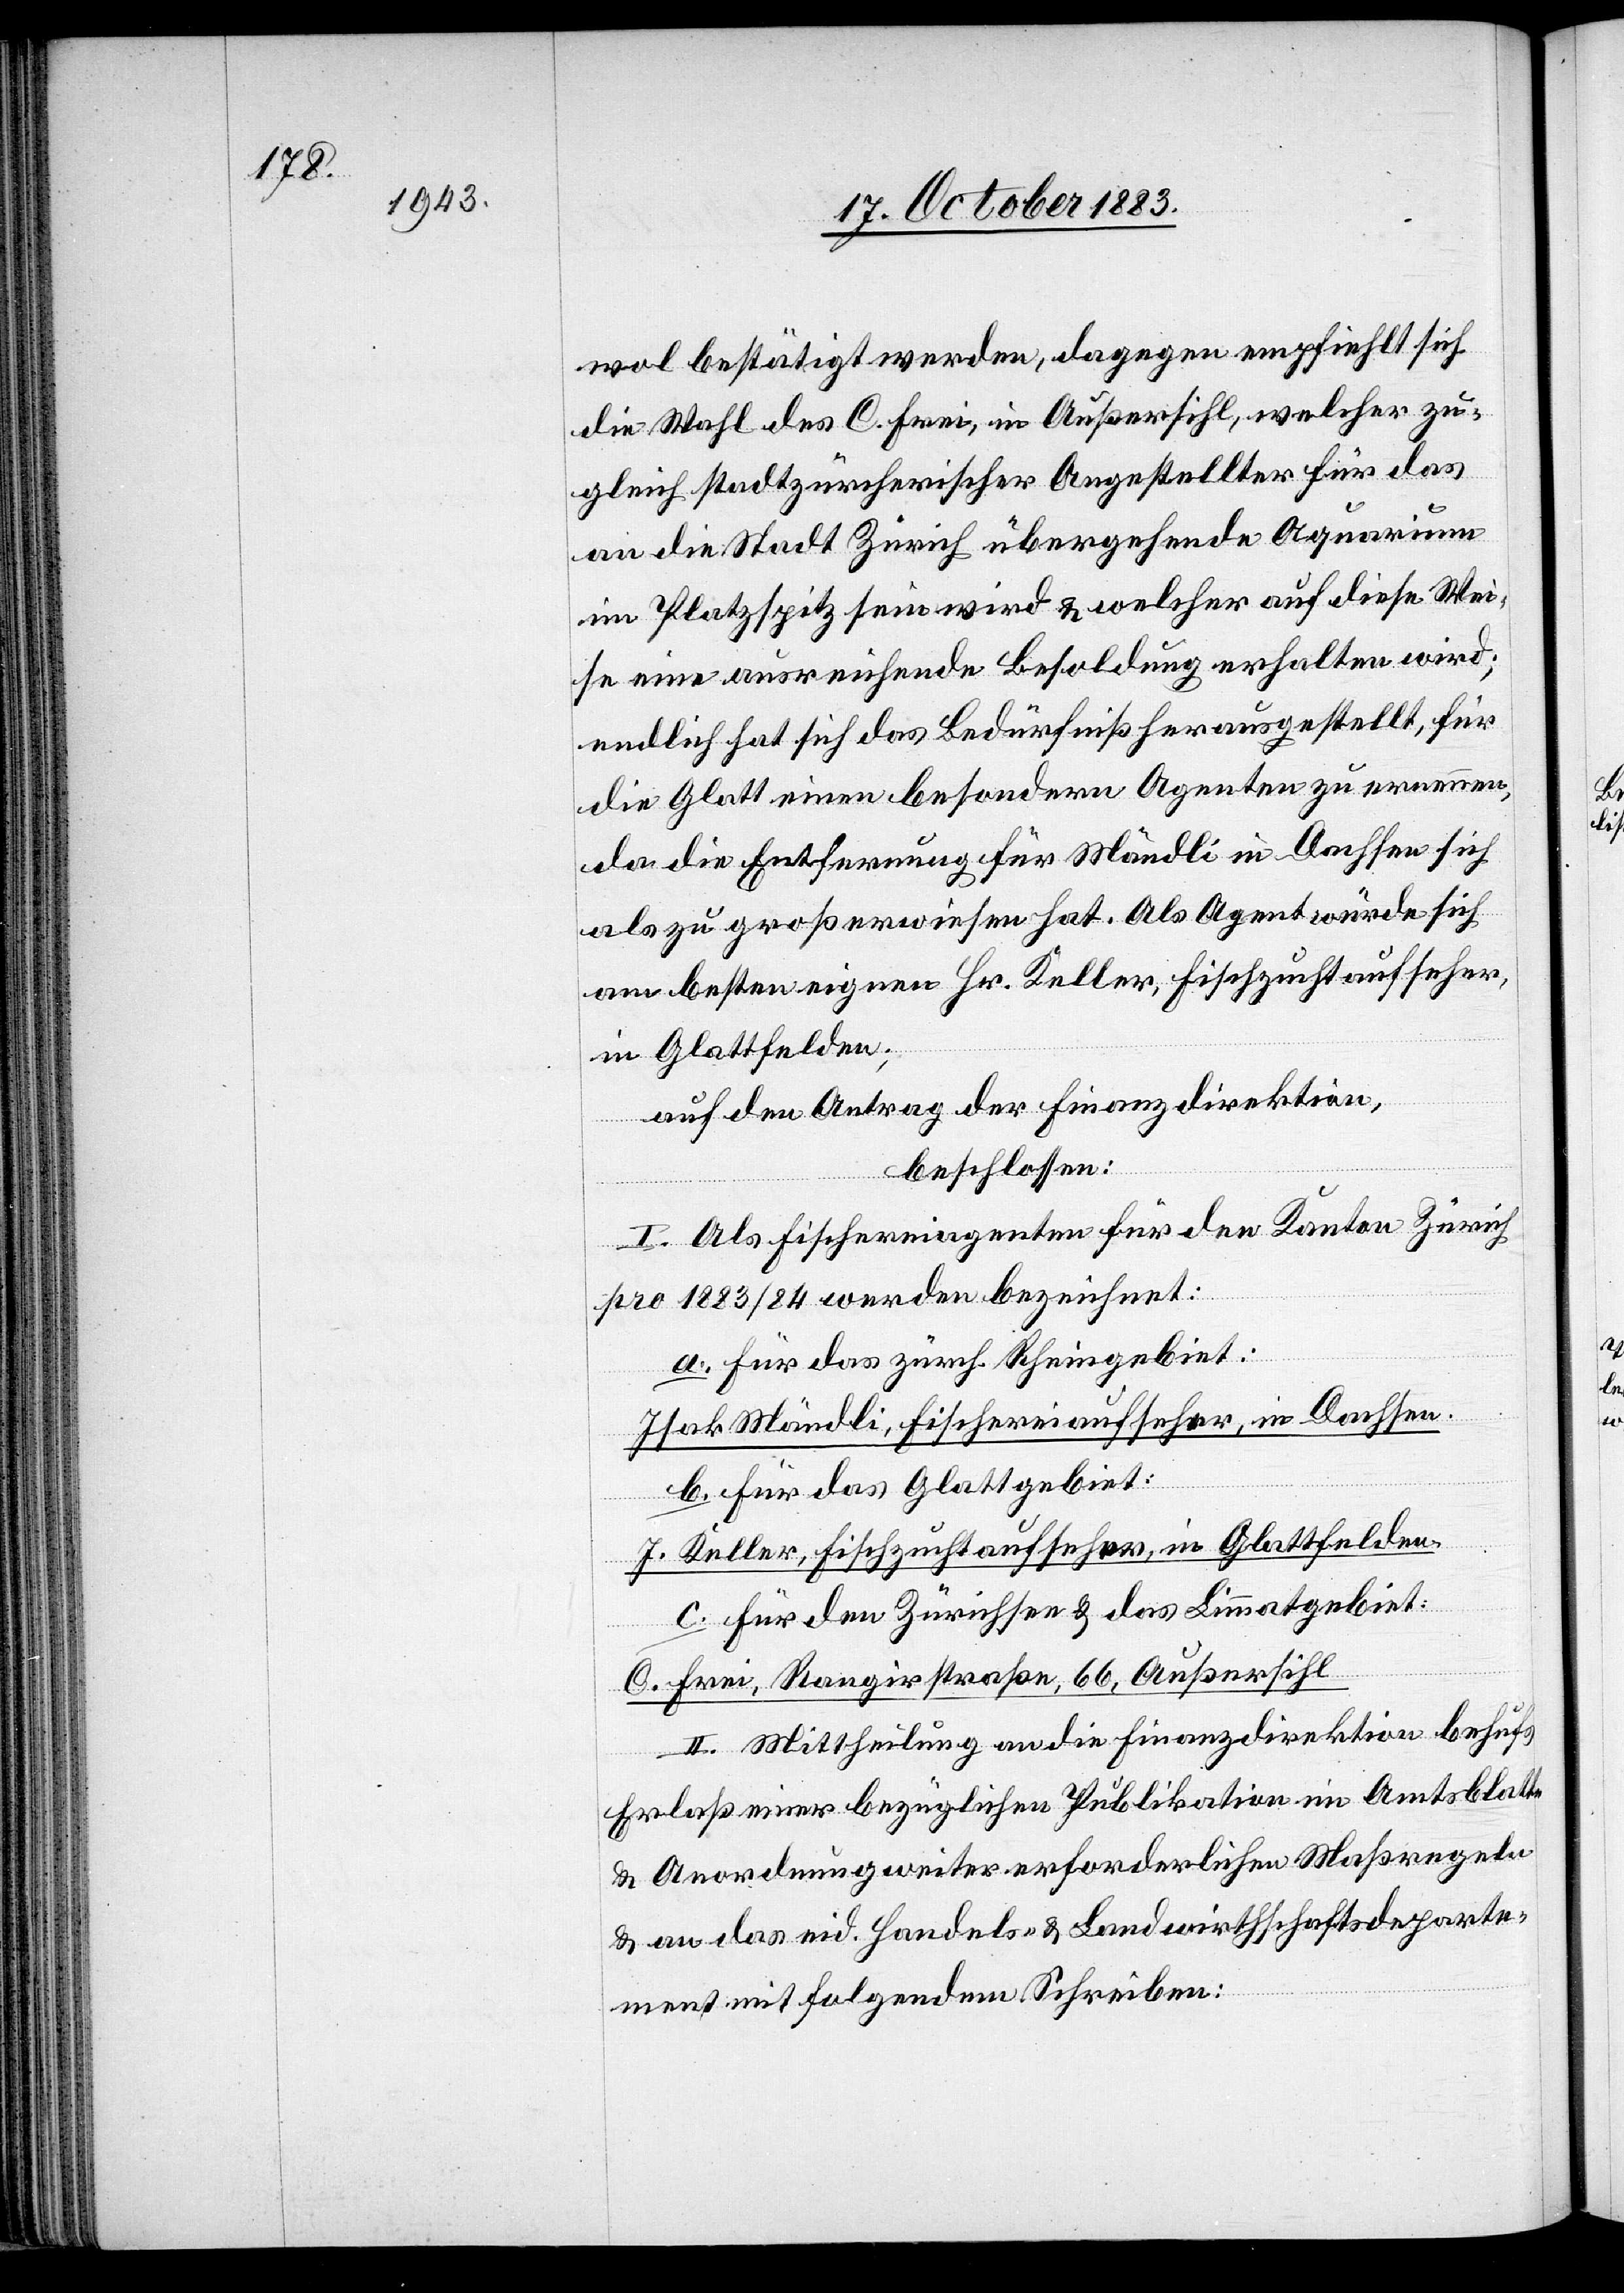
wol bestätigt werden, dagegen empfiehlt sich
die Wahl des C. Frei, in Außersihl, welcher zu¬
gleich stadtzürcherischer Angestellter für das
an die Stadt Zürich übergehende Aquarium
im Platzspitz sein wird & welcher auf diese Wei¬
se eine ausreichende Besoldung erhalten wird;
endlich hat sich das Bedürfniß herausgestellt, für
die Glatt einen besondern Agenten zu ernennen,
da die Entfernung für Mändli in Dachsen sich
als zu großer erwiesen hat. Als Agent würde sich
am besten eignen Hr. Keller, Fischzuchtaufseher,
in Glattfelden;
auf den Antrag der Finanzdirektion,
beschlossen:
I. Als Fischereiagenten für den Kanton Zürich
pro 1883/84 werden bezeichnet:
a. für das zürch. Rheingebiet:
Isak Mändli, Fischereiaufseher, in Dachsen.
b. für das Glattgebiet:
J. Keller, Fischzuchtaufseher, in Glattfelden.
c. für den Zürichsee & das Limmatgebiet:
C. Frei, Rangirstraße 66, Außersihl.
II. Mittheilung an die Finanzdirektion behufs
Erlaß einer bezüglichen Publikation im Amtsblatte
& Anordnung weiter erforderlichen Maßregeln
& an das eid. Handels- & Landwirthschaftsdeparte¬
ment mit folgendem Schreiben: